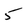
Character: 5